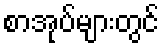
စာအုပ်များတွင်